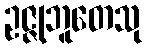
ဥဇ္ဇုဘူတေသု